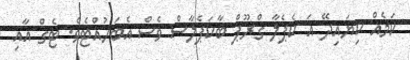
ކަމެއް ކިޔައިދޭ އަ ކެޕެލާ ގްރޫޕް ބާކަޕެލާސް ވެސް އެބަހުއްޓެވެ. ޓެގް އާއި